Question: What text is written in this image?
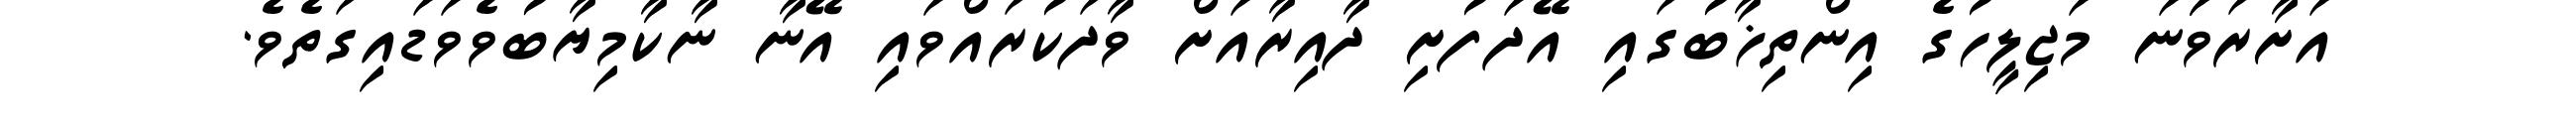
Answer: އަށާރަވަަނަ މަޖިލީހުގެ އިންތިޚާބުގައި އޭދަފުށި ދާއިރާއަށް ވާދަކުރައްވައި އޭނާ ނާކާމިޔާބުވެވަޑައިގަތެވެ.